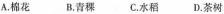
A.棉花 B.青稞 C.水稻 D.茶树